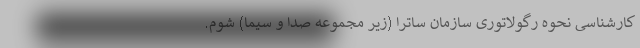
کارشناسی نحوه رگولاتوری سازمان ساترا (زیر مجموعه صدا و سیما) شوم.